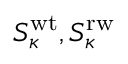
S _ { \kappa } ^ { \mathrm { w t } } , S _ { \kappa } ^ { \mathrm { r w } }